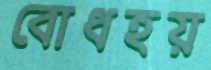
বোধহয়